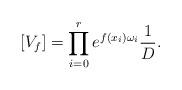
LaTeX: \begin{align*}[V_f] = \prod_{i=0}^r e^{f(x_i) \omega_i} \frac{1}{D}.\end{align*}